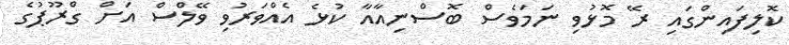
ކޮލިފައިންގައި ރޭ މޮޅުވި ނަމަވެސް ބޮސްނިއާއާ ކުޅެ އެއްވަރުވި ވޭލްސް އަށް ގްރޫޕުގެ